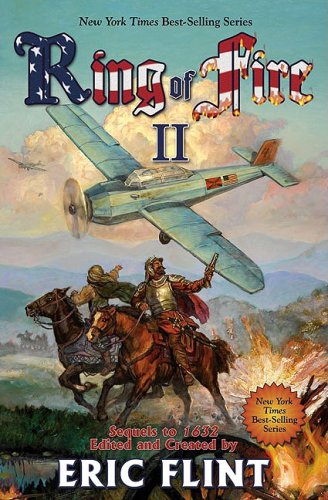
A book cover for Ring of Fire II (v. 2); Eric Flint; Science Fiction & Fantasy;